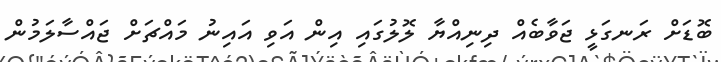
ބޮޑަށް ރަނގަޅީ ޖަވާބެއް ދިނިއްޔާ ލޮލުގައި އިން އަވި އައިނު މައްޗަށް ޖައްސާލަމުން